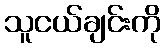
သူငယ်ချင်းကို